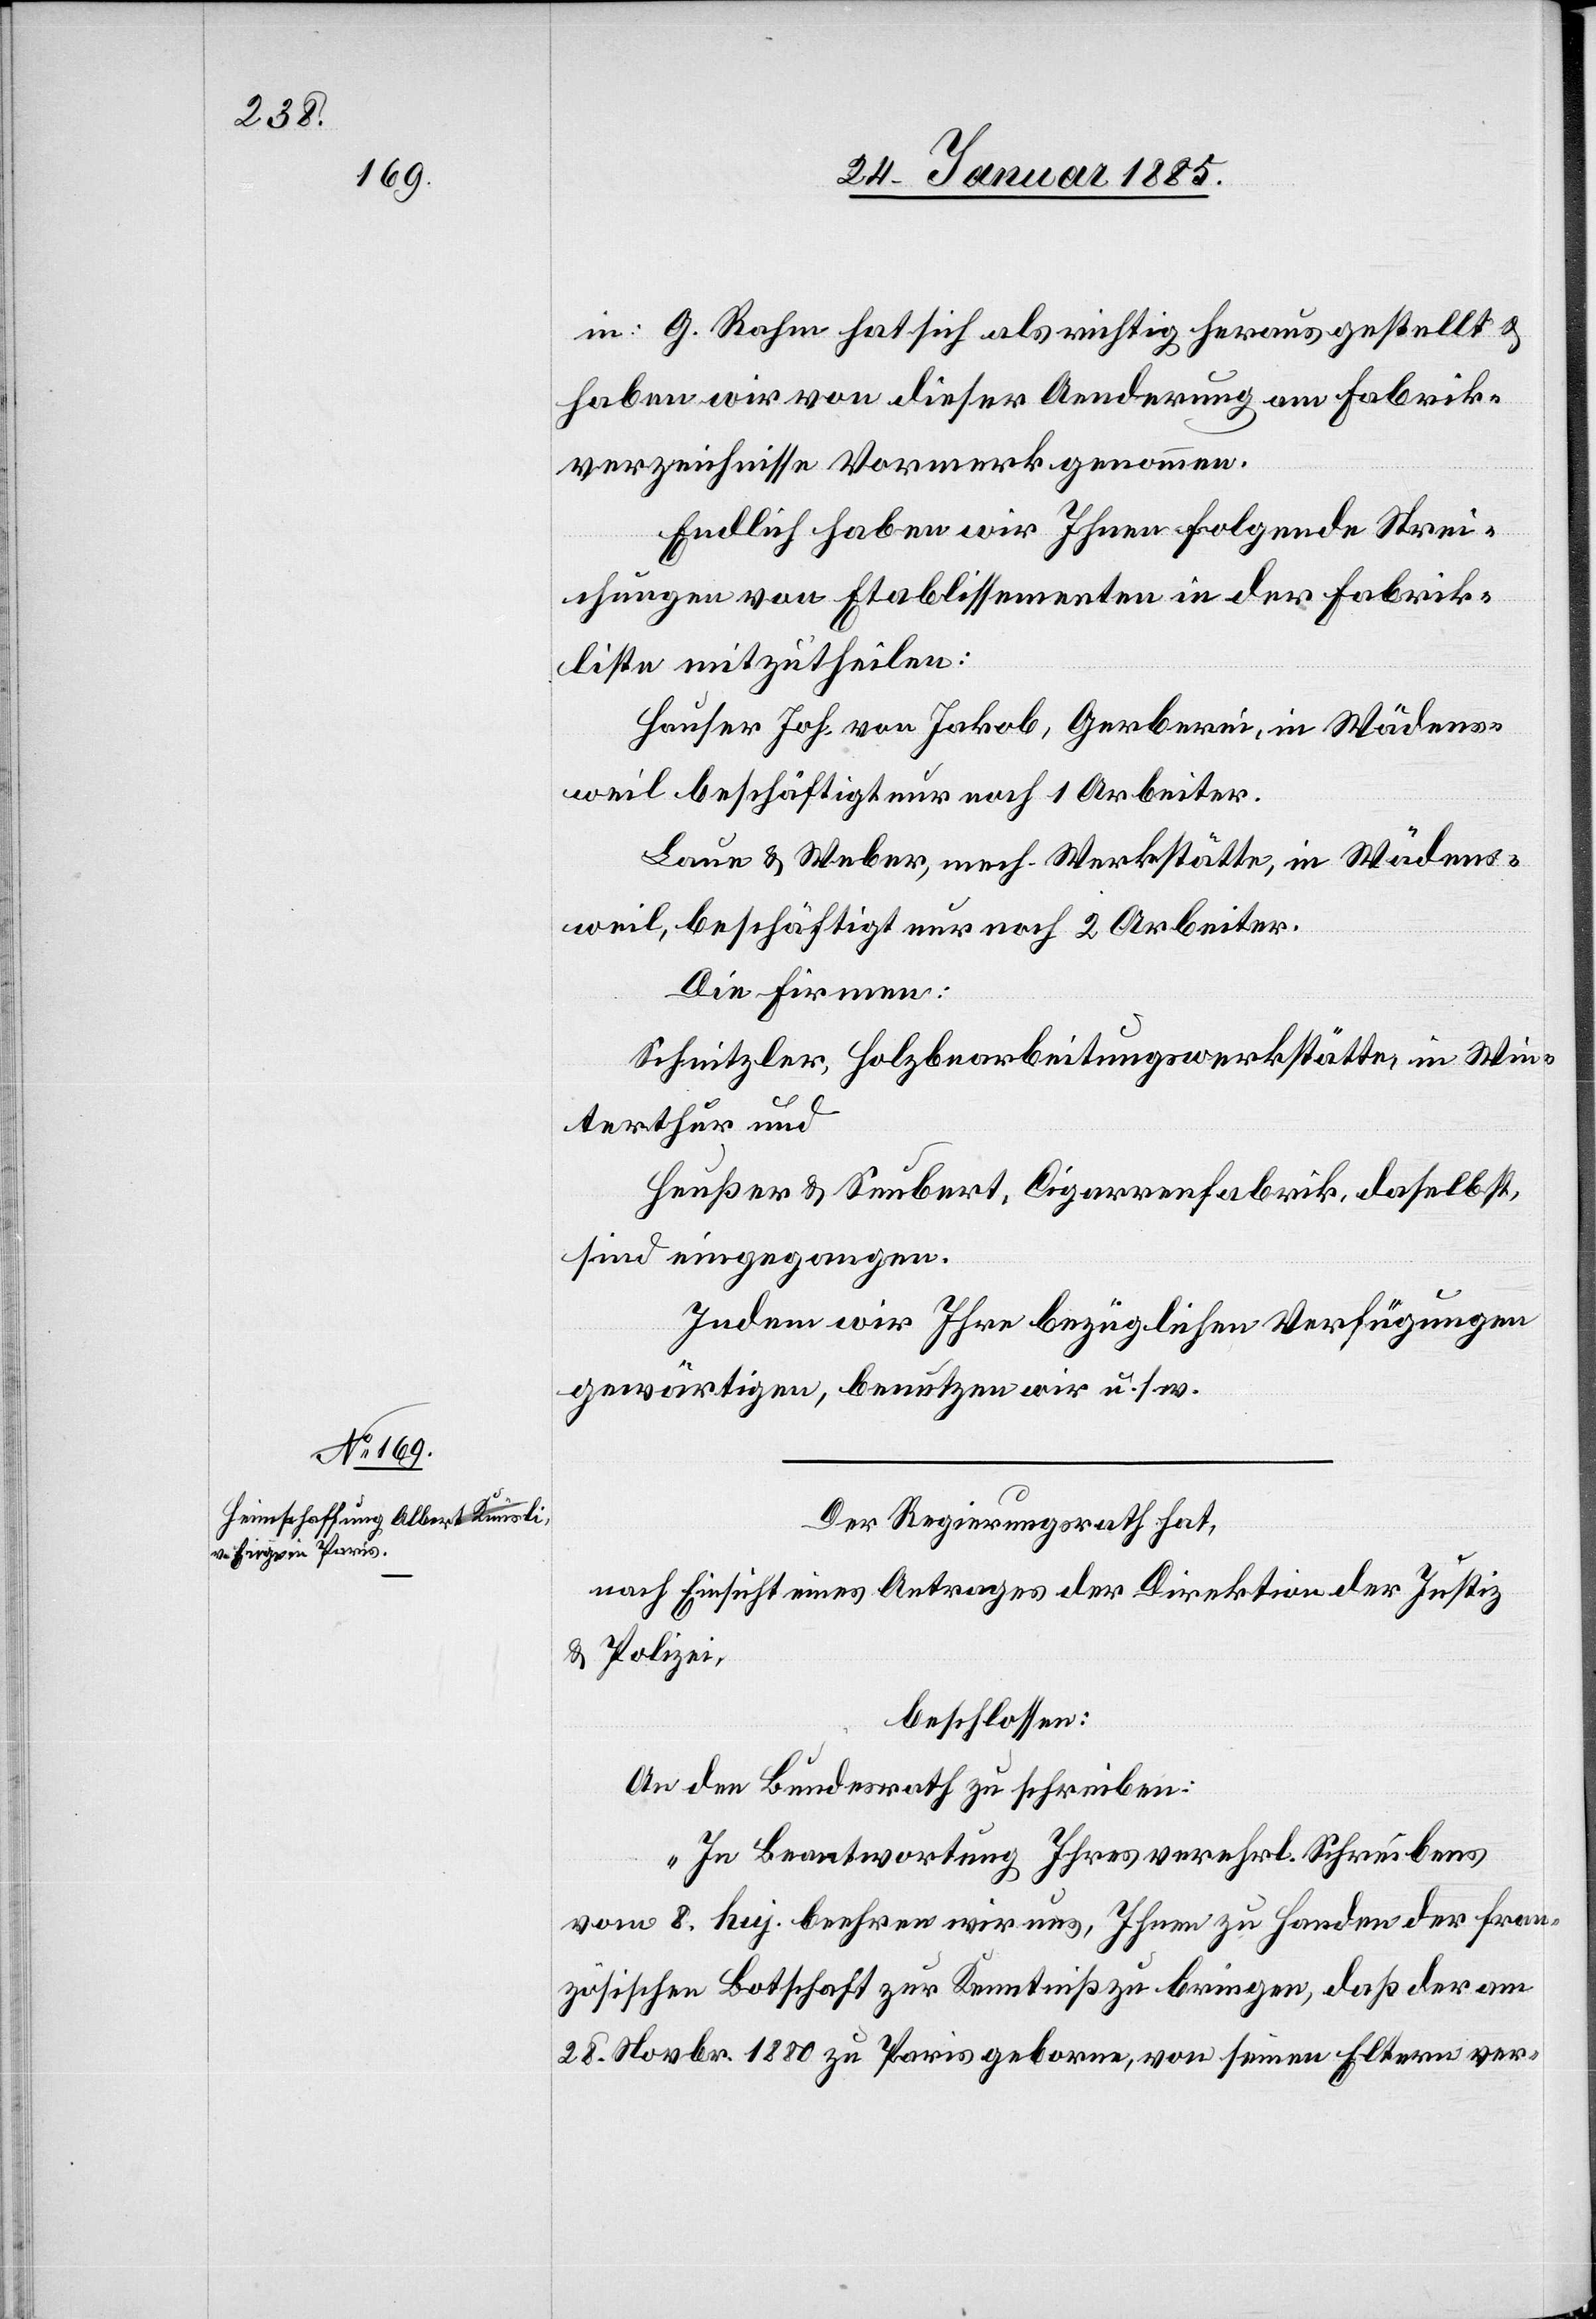
in: G. Rahm hat sich als richtig herausgestellt &
haben wir von dieser Aenderung am Fabrik¬
verzeichnisse Vormerk genommen.
Endlich haben wir Ihnen folgende Strei¬
chungen von Etablissementen in der Fabrik¬
liste mitzutheilen:
Hauser Joh. von Jakob, Gerberei, in Wädens¬
weil beschäftigt nur noch 1 Arbeiter.
Laue & Weber, mech. Werkstätte, in Wädens¬
weil, beschäftigt nur noch 2 Arbeiter.
Die Firmen:
Schnitzle, Holzbearbeitungswerkstätte, in Win¬
terthur, und
Heußer & Seubert, Cigarrenfabrik, daselbst,
sind eingegangen.
Indem wir Ihre bezüglichen Verfügungen
gewärtigen, benutzen wir u. s. w.“
Der Regierungsrath hat,
nach Einsicht eines Antrages der Direktion der Justiz
& Polizei,
beschlossen:
An den Bundesrath zu schreiben:
„In Beantwortung Ihres verehrl. Schreibens
vom 8. huj. beehren wir uns, Ihnen zu Handen der fran¬
zösischen Botschaft zur Kenntniß zu bringen, daß der am
28. Novbr. 1880 zu Paris geborene, von seinen Eltern ver-